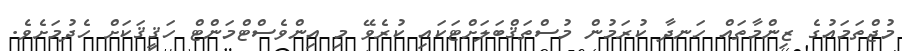
މުޖްތަމައުގެ ޒިންމާތައް ހަނދާ ކުރަމުން މުސްތަޤްބަލަށްޓަކައި ކުރެވޭ މި އިންވެސްޓްމަންޓް ހަޤީޤަކަށް ހެދުމަށެވެ.